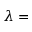
\lambda =